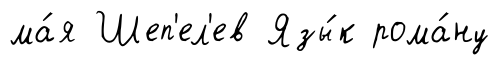
ма́я Шеп'ел'ев Язы́к рома́ну